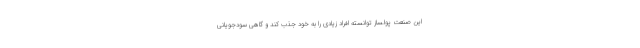
این صنعت پولساز توانسته افراد زیادی را به خود جذب کند و گاهی سودجویانی